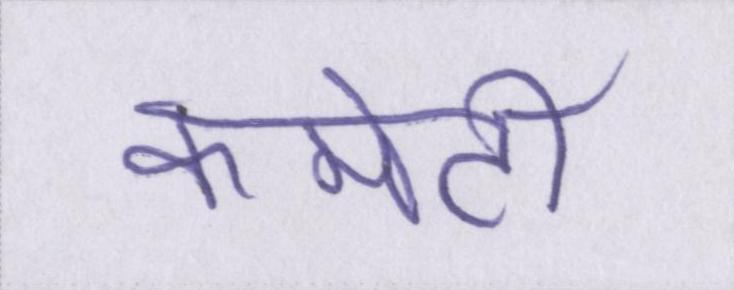
कमेटी